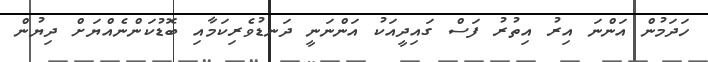
ހަދަމުން އަންނަ އިރު އިތުރު ފަސް ގައިދީއަކު އަންނަނީ ދަނޑުވެރިކަމާއި ބޮޑުކަންނެއްޔަށް ދިޔުން